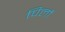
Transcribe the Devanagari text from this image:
पिर्लो